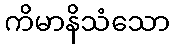
ကိမာနိသံသော